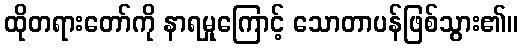
ထိုတရားတော်ကို နာရမှုကြောင့် သောတာပန်ဖြစ်သွား၏။